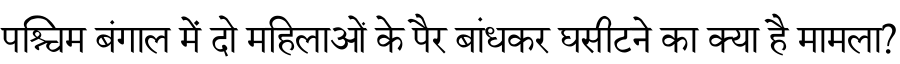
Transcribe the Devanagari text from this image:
पश्चिम बंगाल में दो महिलाओं के पैर बांधकर घसीटने का क्या है मामला?